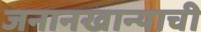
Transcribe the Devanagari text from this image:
जनानखान्याची